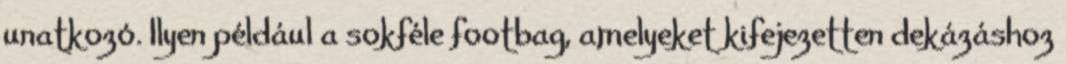
unatkozó. Ilyen például a sokféle footbag, amelyeket kifejezetten dekázáshoz